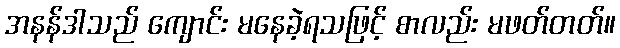
အနန်ဒါသည် ကျောင်း မနေခဲ့ရသဖြင့် စာလည်း မဖတ်တတ်။